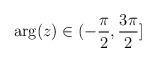
LaTeX: \begin{align*}\arg (z)\in (-\frac{\pi }{2},\frac{3\pi }{2}]\protect\end{align*}